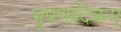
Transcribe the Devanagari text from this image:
भूषणादिकम्